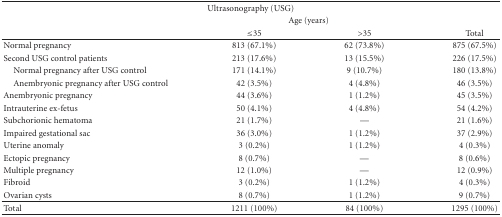
| <COLSPAN=4> Ultrasonography (USG) |
 |  | <COLSPAN=2> Age (years) |  |
 |  | ≤35 | >35 | Total |
 | --- | --- | --- | --- |
 | Normal pregnancy | 813 (67.1%) | 62 (73.8%) | 875 (67.5%) |
 | Second USG control patients | 213 (17.6%) | 13 (15.5%) | 226 (17.5%) |
 | Normal pregnancy after USG control | 171 (14.1%) | 9 (10.7%) | 180 (13.8%) |
 | Anembryonic pregnancy after USG control | 42 (3.5%) | 4 (4.8%) | 46 (3.5%) |
 | Anembryonic pregnancy | 44 (3.6%) | 1 (1.2%) | 45 (3.5%) |
 | Intrauterine ex-fetus | 50 (4.1%) | 4 (4.8%) | 54 (4.2%) |
 | Subchorionic hematoma | 21 (1.7%) | — | 21 (1.6%) |
 | Impaired gestational sac | 36 (3.0%) | 1 (1.2%) | 37 (2.9%) |
 | Uterine anomaly | 3 (0.2%) | 1 (1.2%) | 4 (0.3%) |
 | Ectopic pregnancy | 8 (0.7%) | — | 8 (0.6%) |
 | Multiple pregnancy | 12 (1.0%) | — | 12 (0.9%) |
 | Fibroid | 3 (0.2%) | 1 (1.2%) | 4 (0.3%) |
 | Ovarian cysts | 8 (0.7%) | 1 (1.2%) | 9 (0.7%) |
 | Total | 1211 (100%) | 84 (100%) | 1295 (100%) |